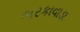
ભરકાવાડા